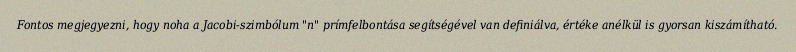
Fontos megjegyezni, hogy noha a Jacobi-szimbólum "n" prímfelbontása segítségével van definiálva, értéke anélkül is gyorsan kiszámítható.